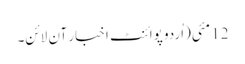
12 مئی(اُردو پوائنٹ اخبار آن لائن۔